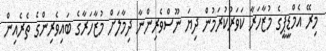
މިރޭ އެމްޑީޕީގެ މުޒާހަރާ ކަވަރުކުރަމުން ދިޔަ ނޫސްވެރިންނާ ދިމާލަށް މުޒާހަރާގެ ބައިވެރިންގެ ތެރެއިން